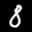
Label: 8